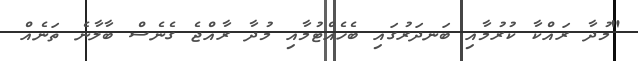
"މުދާ ރައްކާ ކުރުމާއި ބަނދަރުގައި ބެހެއްޓުމާއި މުދާ ރާއްޖެ ގެނެސް ބާލާނެ ތަނެއް